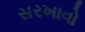
સરખાવો